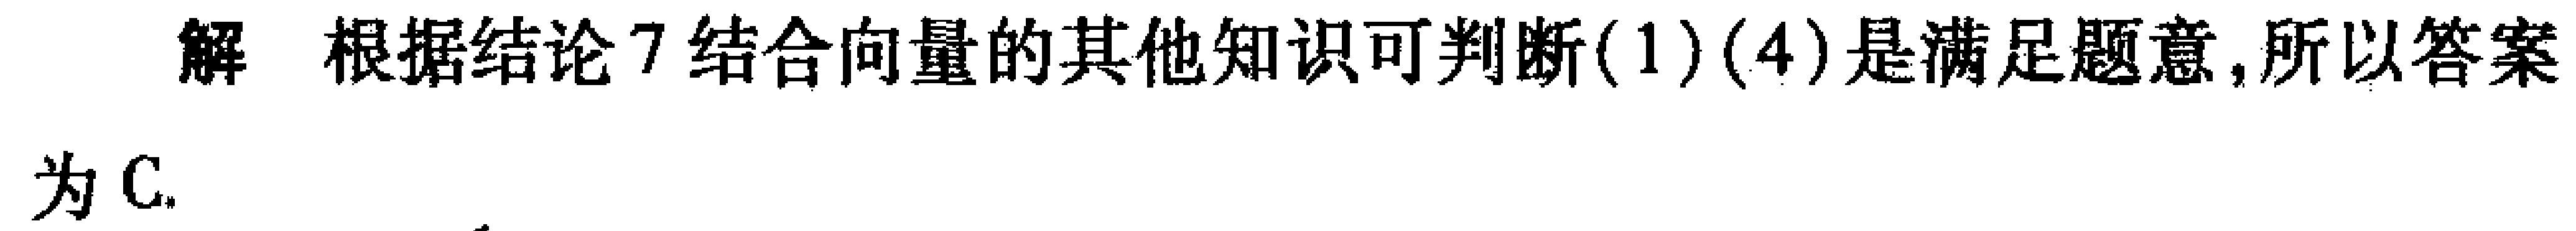
解 根据结论 7 结合向量的其他知识可判断(1)(4)是满足题意,所以答案为 C.